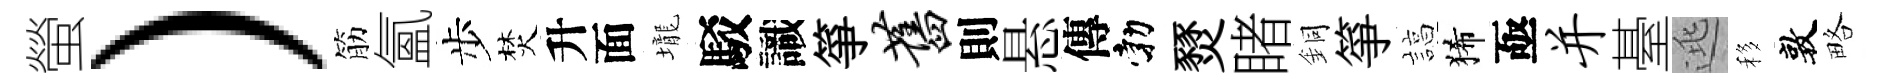
螢）筋氳步焚升面壠駁識箏旧則悬傳勃燹睹銅箏諄狶亟并䑓逃移敦略